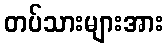
တပ်သားများအား